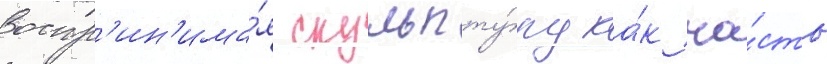
Воспр'ин'има́я скульпту́ру ка́к ча́сть